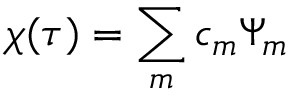
\chi ( \tau ) = \sum _ { m } c _ { m } \Psi _ { m }